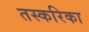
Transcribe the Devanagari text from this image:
तस्करिका